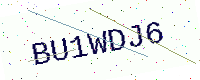
Text: BU1WDJ6